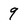
Character: 9